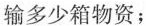
输多少箱物资；